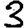
Digit: 3